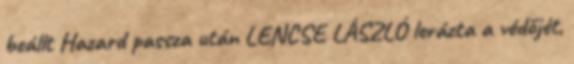
beállt Hazard passza után LENCSE LÁSZLÓ lerázta a védőjét,